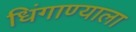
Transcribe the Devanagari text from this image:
धिंगाण्याला